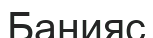
Банияс